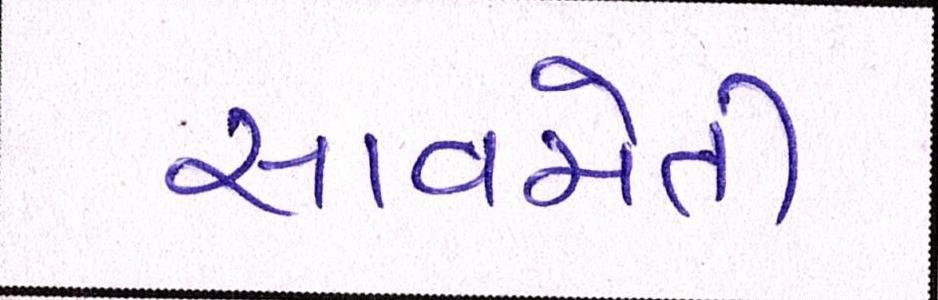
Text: સાવચેતી